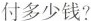
付多少钱？